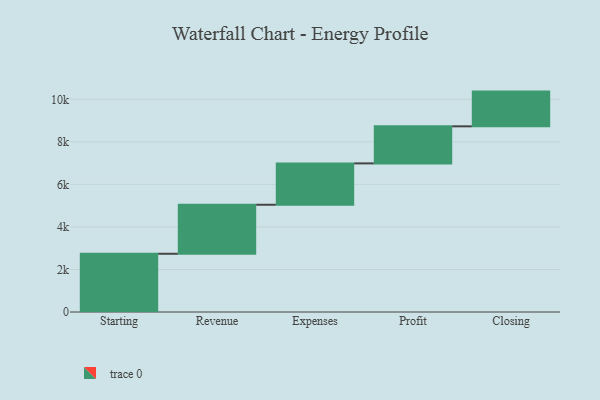
{"axis": {"x": "Step", "y": "Value"}, "legend": [""], "data": [{"x": "Starting", "y": 2738.0, "type": ""}, {"x": "Revenue", "y": 2305.0, "type": ""}, {"x": "Expenses", "y": 1945.0, "type": ""}, {"x": "Profit", "y": 1742.0, "type": ""}, {"x": "Closing", "y": 1633.0, "type": ""}]}